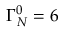
\Gamma _ { N } ^ { 0 } = 6